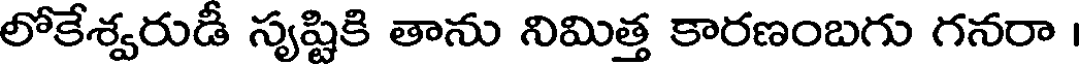
లోకేశ్వరుడీ సృష్టికి తాను నిమిత్త కారణంబగు గనరా